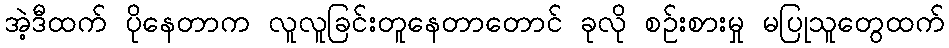
အဲ့ဒီထက် ပိုနေတာက လူလူခြင်းတူနေတာတောင် ခုလို စဉ်းစားမှု မပြုသူတွေထက်